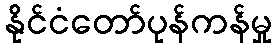
နိုင်ငံတော်ပုန်ကန်မှု